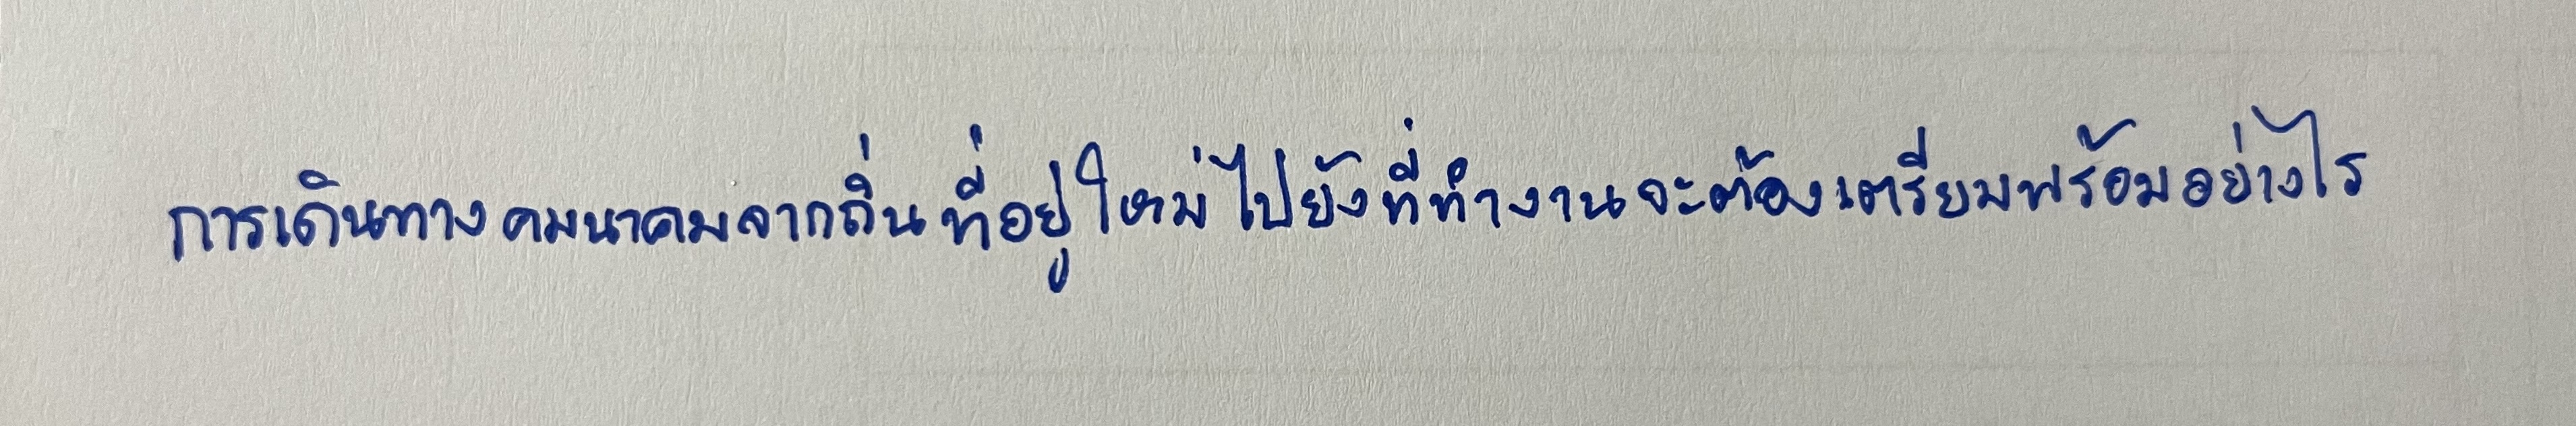
การเดินทางคมนาคมจากถิ่นที่อยู่ใหม่ไปยังที่ทำงานจะต้องเตรียมพร้อมอย่างไร